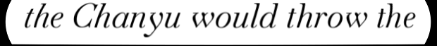
the Chanyu would throw the